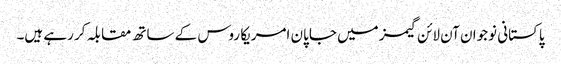
پاکستانی نوجوان آن لائن گیمز میں جاپان امریکا روس کے ساتھ مقابلہ کر رہے ہیں۔